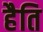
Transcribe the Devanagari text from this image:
हैति